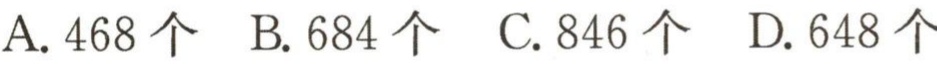
A. 468 个  B. 684 个  C. 846 个  D. 648 个